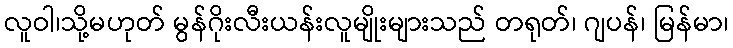
လူဝါ၊သို့မဟုတ် မွန်ဂိုးလီးယန်းလူမျိုးများသည် တရုတ်၊ ဂျပန်၊ မြန်မာ၊